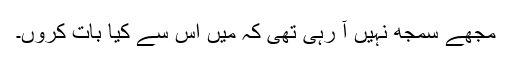
مجھے سمجھ نہیں آ رہی تھی کہ میں اس سے کیا بات کروں۔